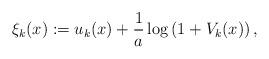
LaTeX: \begin{align*}\xi_{k}(x):=u_{k}(x)+\frac{1}{a}\log\left(1+V_{k}(x)\right),\end{align*}